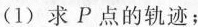
（1）求P点的轨迹；